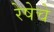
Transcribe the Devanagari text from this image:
रेषेचे